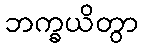
ဘက္ခယိတွာ